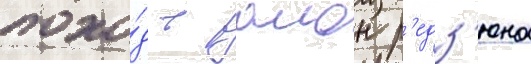
похо́д в раион р'едз'юна